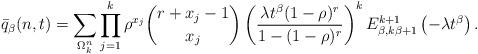
LaTeX: \begin{align*}\bar{q}_{\beta}(n,t)=\sum_{\Omega^{n}_{k}}\prod_{j=1}^{k}\rho^{x_{j}}\binom{r+x_{j}-1}{x_{j}}\left(\frac{\lambda t^{\beta}(1-\rho)^{r}}{1-(1-\rho)^{r}}\right)^{k} E_{\beta, k\beta+1}^{k+1}\left(-\lambda t^{\beta}\right).\end{align*}